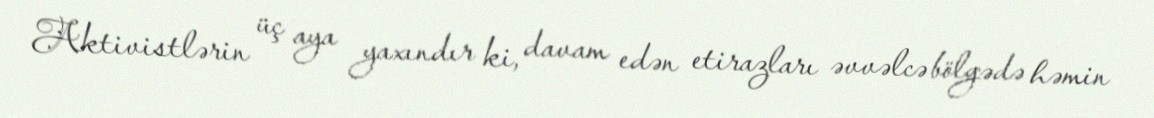
Aktivistlərin üç aya yaxındır ki, davam edən etirazları əvvəlcə bölgədə həmin